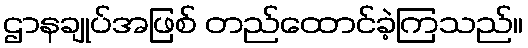
ဌာနချုပ်အဖြစ် တည်ထောင်ခဲ့ကြသည်။